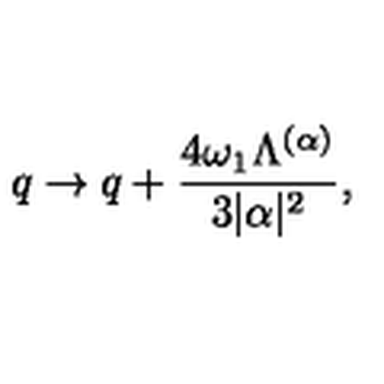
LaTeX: q \rightarrow q + { \frac { 4 \omega _ { 1 } \Lambda ^ { ( \alpha ) } } { 3 | \alpha | ^ { 2 } } } ,